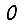
Digit: 0